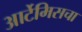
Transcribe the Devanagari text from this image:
आर्टेमिसचा